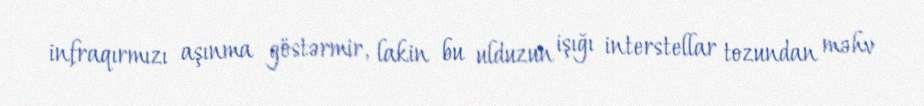
infraqırmızı aşınma göstərmir, lakin bu ulduzun işığı interstellar tozundan məhv